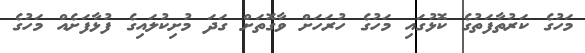
މަހުގެ ކަރުތާފަތުގެ ކޮޅުގައި މަހުގެ ހުރަހަށް ވާގޮތަށް ގަދަ މުށިކުލައިގެ ފުޅާފަށެއް މަހުގެ